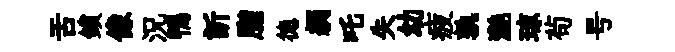
舌鎖像況鴨訢脂徳綢吒失幼疲孰灔琼茍号